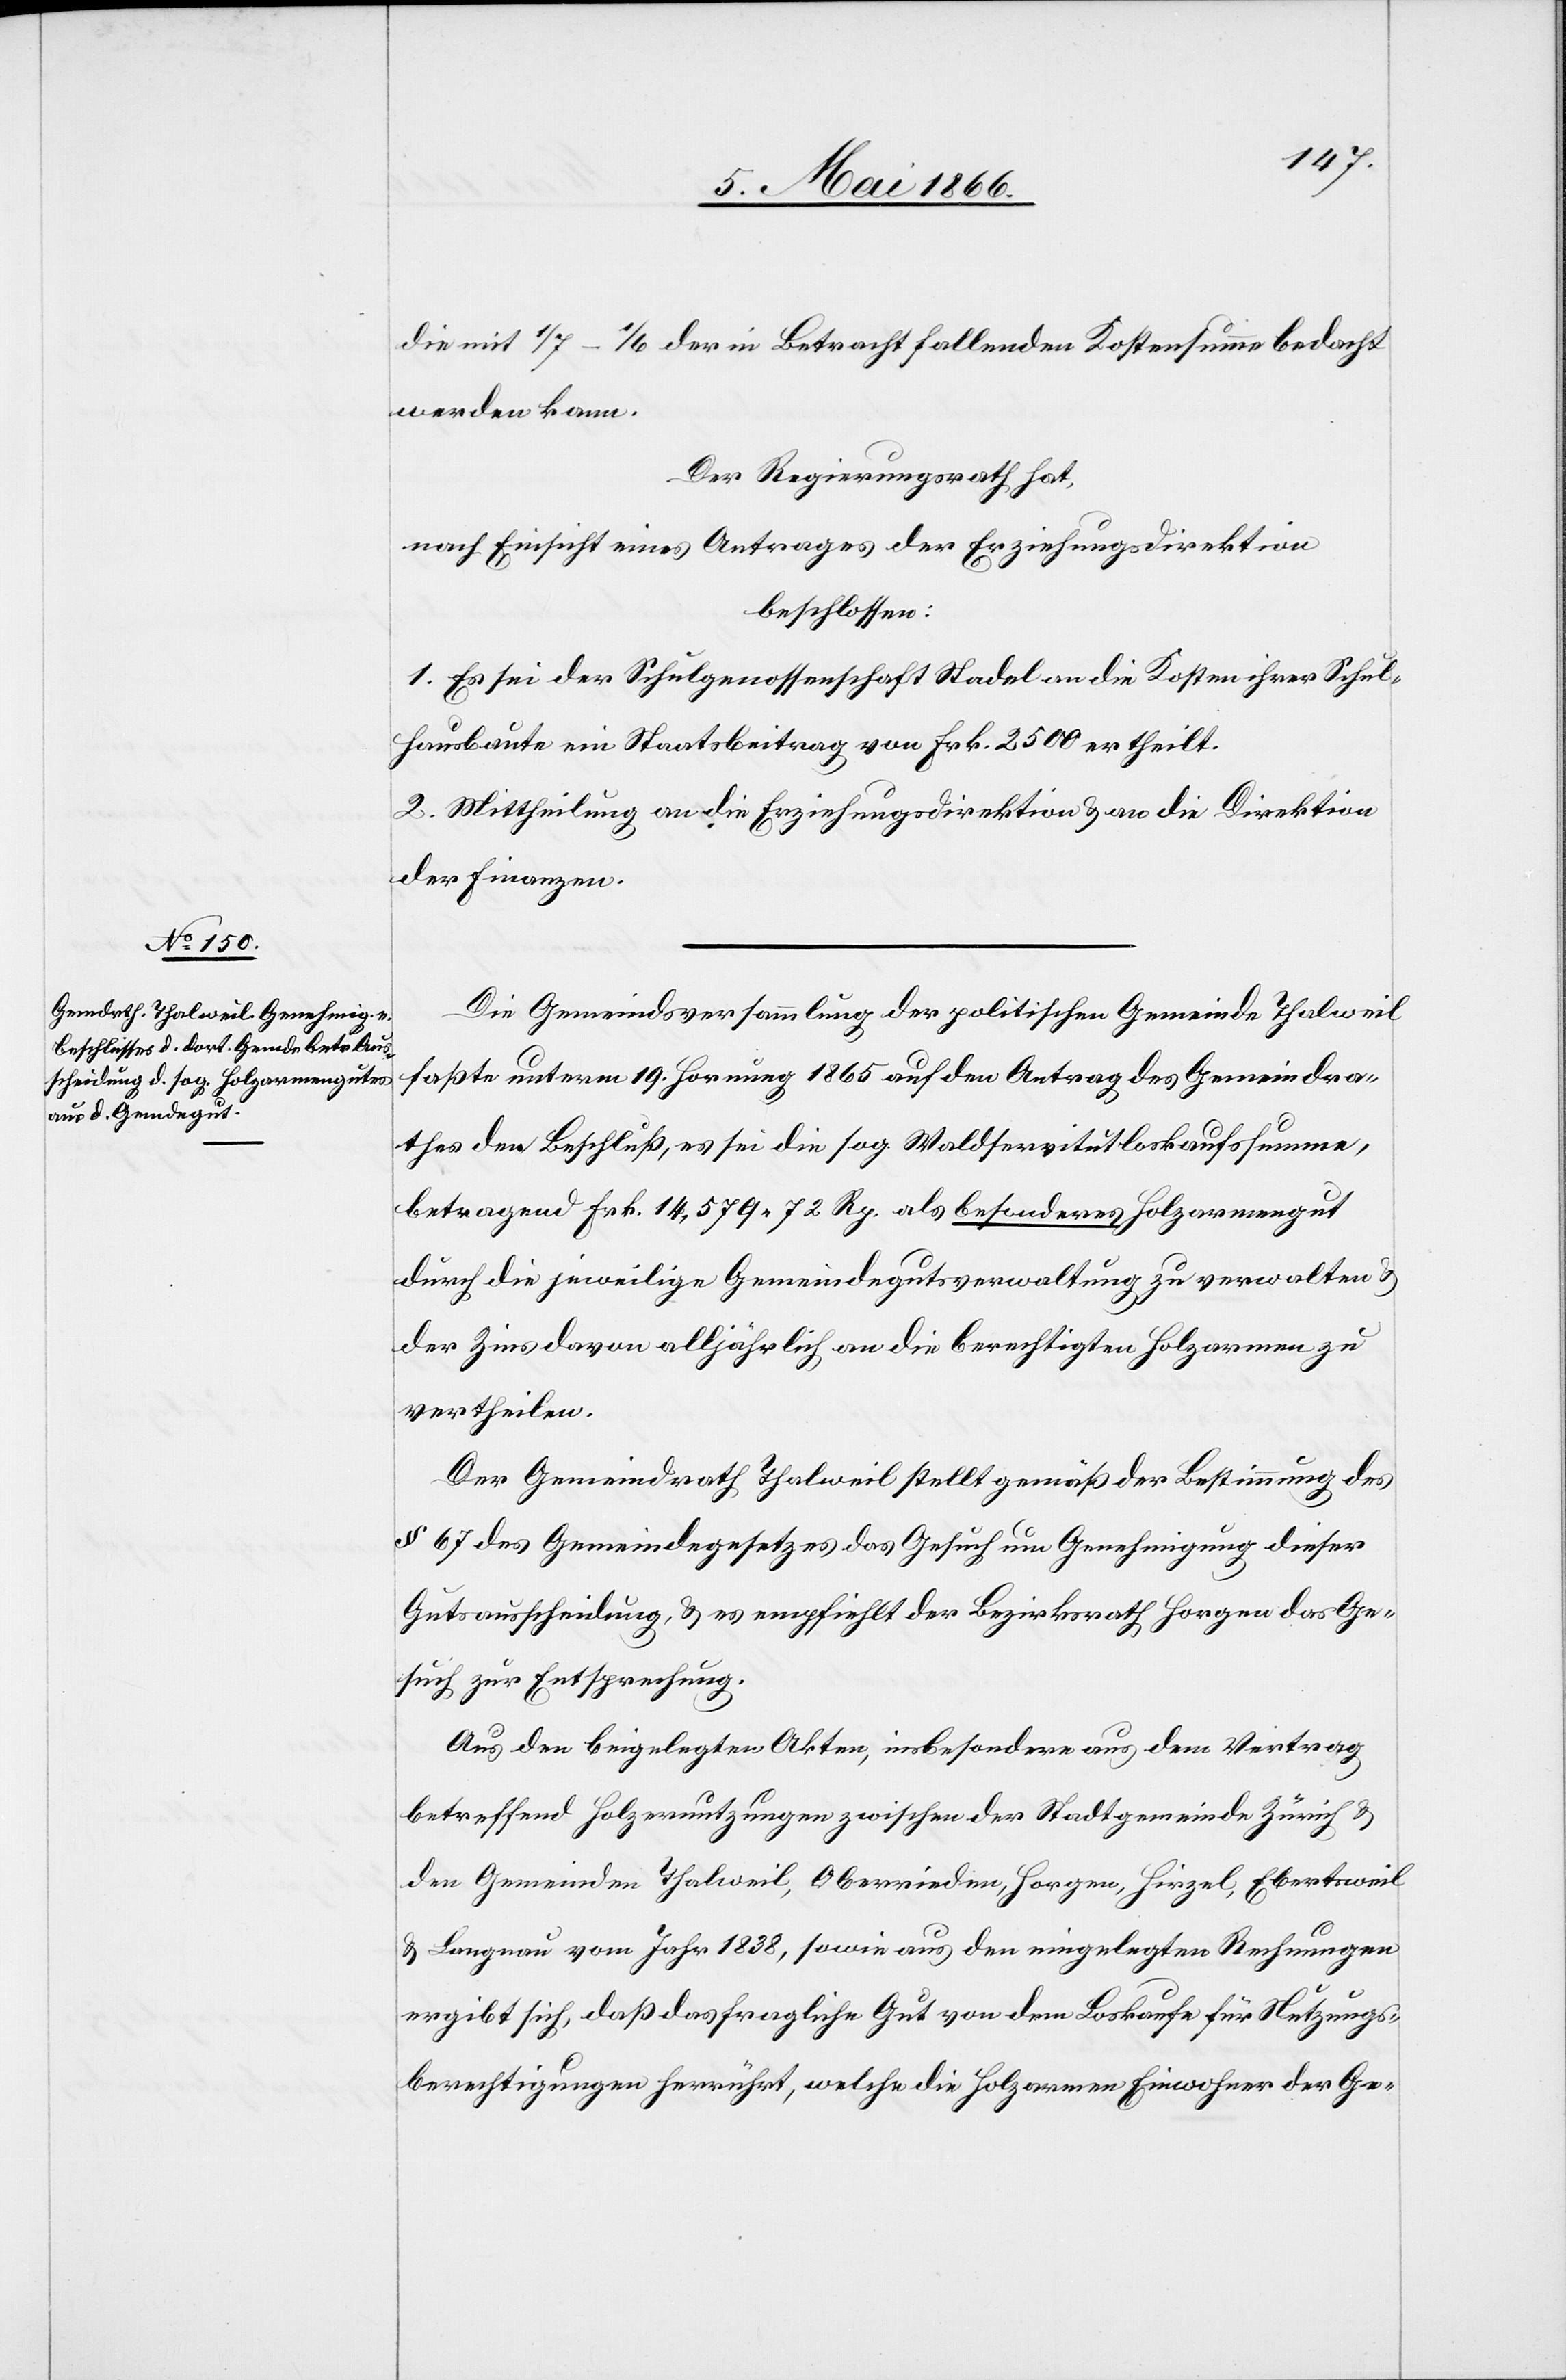
die mit 1/7–1/6 der in Betracht fallenden Kostensumme bedacht
werden kann.
Der Regierungsrath hat,
nach Einsicht eines Antrages der Erziehungsdirektion
beschlossen:
1. Es sei der Schulgenossenschaft Stadel an die Kosten ihrer Schul¬
hausbaute ein Staatsbeitrag von Frk. 2500 ertheilt.
2. Mittheilung an die Erziehungsdirektion u. an die Direktion
der Finanzen.
Die Gemeindsversammlung der politischen Gemeinde Thalweil
faßte unterm 19. Hornung 1865 auf den Antrag des Gemeindra¬
thes den Beschluß, es sei die sog. Waldservitutloskaufssumme,
betragend Frk. 14 579.72 Rp. als besonderes Holzarmengut
durch die jeweilige Gemeindegutsverwaltung zu verwalten u.
der Zins davon alljährlich an die berechtigten Holzarmen zu
vertheilen.
Der Gemeindrath Thalweil stellt gemäß der Bestimmung des
§ 67 des Gemeindegesetzes das Gesuch um Genehmigung dieser
Gutsausscheidung, u. es empfiehlt der Bezirksrath Horgen das Ge¬
such zur Entsprechung.
Aus den beigelegten Akten, insbesondere aus dem Vertrag
betreffend Holzernutzungen, zwischen der Stadtgemeinde Zürich u.
den Gemeinden Thalweil, Oberrieden, Horgen, Hirzel, Ebertsweil
u. Langnau vom Jahr 1838, sowie aus den eingelegten Rechnungen
ergibt sich, daß das fragliche Gut von dem Loskaufe für Nutzungs¬
berechtigungen herrührt, welche die Holzarmen Einwohner der Ge-